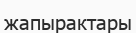
жапырактары